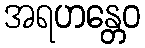
အရဟန္တေဝ